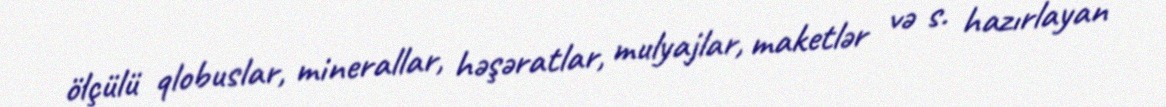
ölçülü qlobuslar, minerallar, həşəratlar, mulyajlar, maketlər və s. hazırlayan